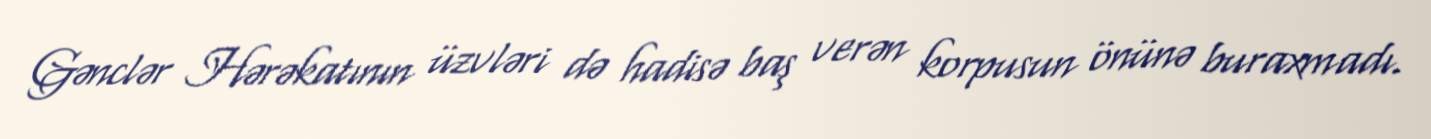
Gənclər Hərəkatının üzvləri də hadisə baş verən korpusun önünə buraxmadı.